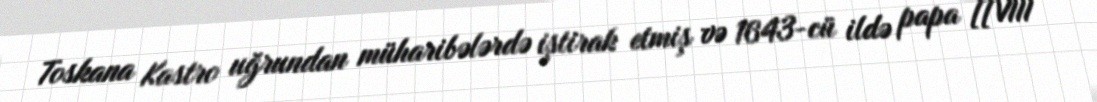
Toskana Kastro uğrundan müharibələrdə iştirak etmiş və 1643-cü ildə papa [[VIII